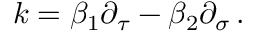
k = \beta _ { 1 } \partial _ { \tau } - \beta _ { 2 } \partial _ { \sigma } \, .